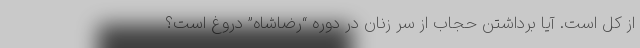
از کل است. آیا برداشتن حجاب از سر زنان در دوره “رضاشاه” دروغ است؟